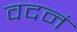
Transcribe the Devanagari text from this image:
वदनं